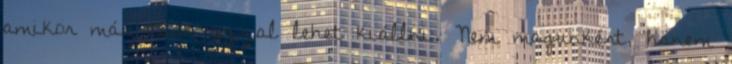
amikor már csak azzal lehet kiállni. Nem magunkért, hanem